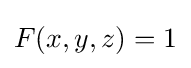
F(x,y,z)=1